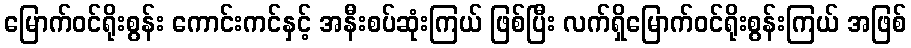
မြောက်ဝင်ရိုးစွန်း ကောင်းကင်နှင့် အနီးစပ်ဆုံးကြယ် ဖြစ်ပြီး လက်ရှိမြောက်ဝင်ရိုးစွန်းကြယ် အဖြစ်